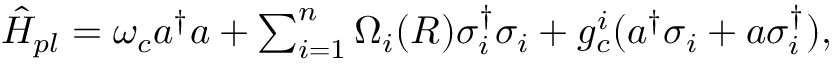
\begin{array} { r } { \hat { H } _ { p l } = \omega _ { c } a ^ { \dagger } a + \sum _ { i = 1 } ^ { n } \Omega _ { i } ( \boldsymbol { R } ) \sigma _ { i } ^ { \dagger } \sigma _ { i } + g _ { c } ^ { i } ( a ^ { \dagger } \sigma _ { i } + a \sigma _ { i } ^ { \dagger } ) , } \end{array}